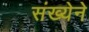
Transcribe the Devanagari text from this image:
संख्‍येने